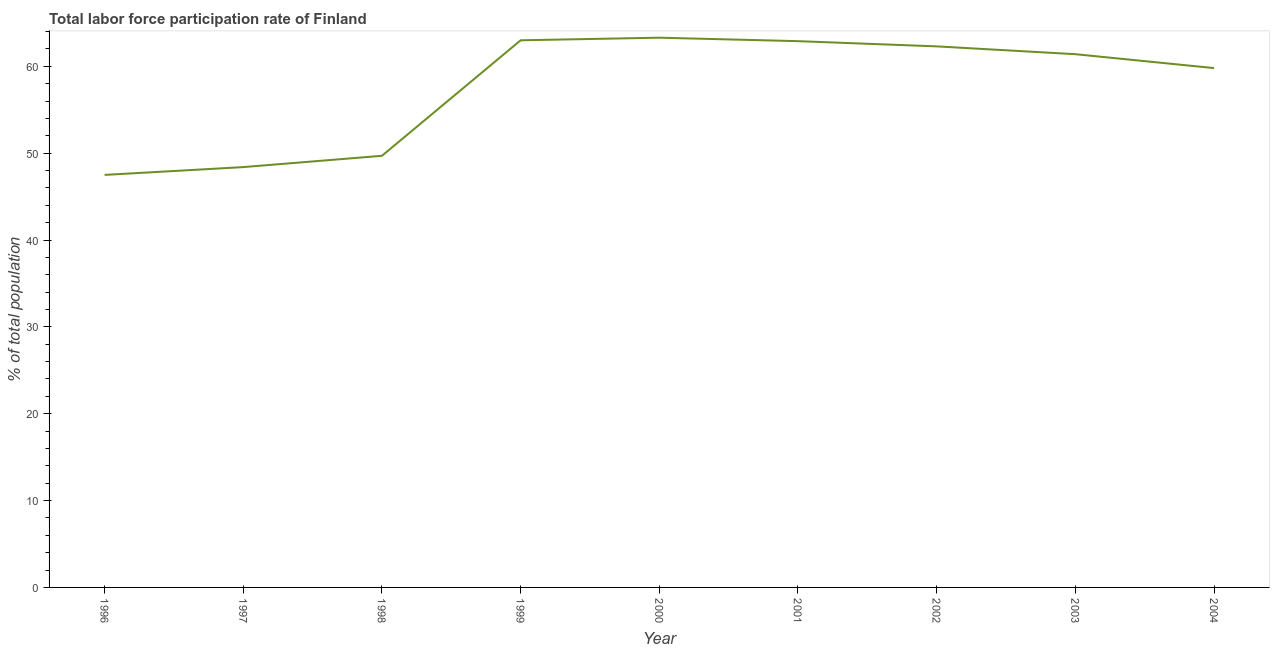
| Year | Labor force participation rate for ages 15-24 total |
 | --- | --- |
 | 1996 | 47.5 |
 | 1997 | 48.4 |
 | 1998 | 49.7 |
 | 1999 | 63 |
 | 2000 | 63.3 |
 | 2001 | 62.9 |
 | 2002 | 62.3 |
 | 2003 | 61.4 |
 | 2004 | 59.8 |